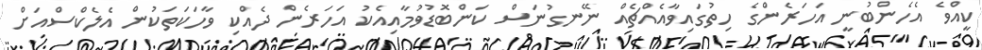
ކީއްވެ އެހެންބުނީ އަހަރެންގެ ހިތުގައިވާއެއްޗެއް ނޭނގުނަސް ކަންބޮޑުވުމާއިއެކު އަހަރެން ދެއްކި ވާހަކަތަކުން އެލެކްސްއަށް